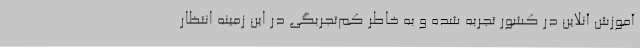
آموزش آنلاین در کشور تجربه شده و به خاطر کم‌تجربگی در این زمینه انتظار